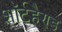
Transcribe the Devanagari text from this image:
शॉर्टहैण्ड